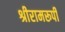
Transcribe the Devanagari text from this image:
श्रीरामरूपी